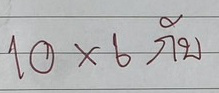
10x6 กับ